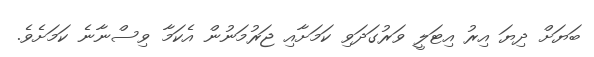
ބަޔަށް ދިޔަ އިރު އިޓަލީ ވަރުގަދަވި ކަމަށާއި ޖަރުމަނުން އެކަމާ ވިސްނާނެ ކަމަށެވެ.